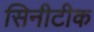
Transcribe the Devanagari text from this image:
सिनीटीक